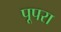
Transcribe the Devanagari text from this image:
पूपरा